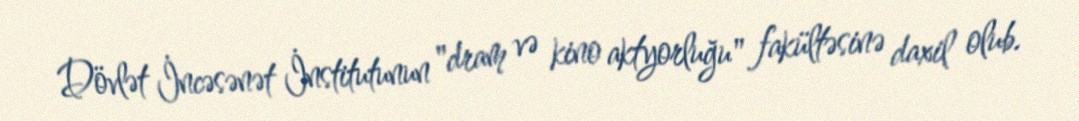
Dövlət İncəsənət İnstitutunun "dram və kino aktyorluğu" fakültəsinə daxil olub.